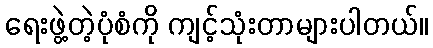
ရေးဖွဲ့တဲ့ပုံစံကို ကျင့်သုံးတာများပါတယ်။